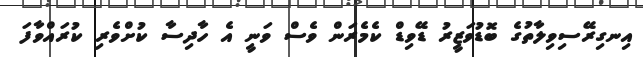
އިނގިރޭސިވިލާތުގެ ބޮޑުވަޒީރު ޑޭވިޑް ކެމެރަން ވެސް ވަނީ އެ ހާދިސާ ކުށްވެރި ކުރައްވާފަ